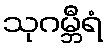
သုဂမ္ဘီရံ